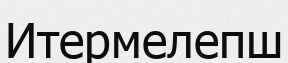
Итермелепш